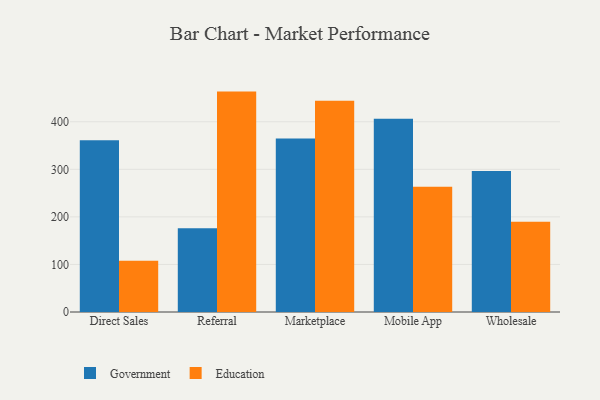
{"axis": {"x": "Channel", "y": "Population (Million)"}, "legend": ["Education", "Government"], "data": [{"x": "Direct Sales", "y": 360.9, "type": "Government"}, {"x": "Direct Sales", "y": 107.5, "type": "Education"}, {"x": "Referral", "y": 176.2, "type": "Government"}, {"x": "Referral", "y": 463.4, "type": "Education"}, {"x": "Marketplace", "y": 365.0, "type": "Government"}, {"x": "Marketplace", "y": 444.0, "type": "Education"}, {"x": "Mobile App", "y": 406.4, "type": "Government"}, {"x": "Mobile App", "y": 263.6, "type": "Education"}, {"x": "Wholesale", "y": 296.3, "type": "Government"}, {"x": "Wholesale", "y": 189.7, "type": "Education"}]}